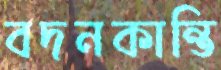
বদনকান্তি